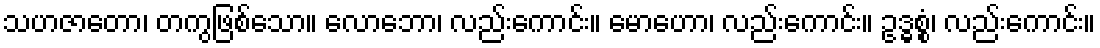
သဟဇာတော၊ တကွဖြစ်သော။ လောဘော၊ လည်းကောင်း။ မောဟော၊ လည်းကောင်း။ ဥဒ္ဓစ္စံ၊ လည်းကောင်း။